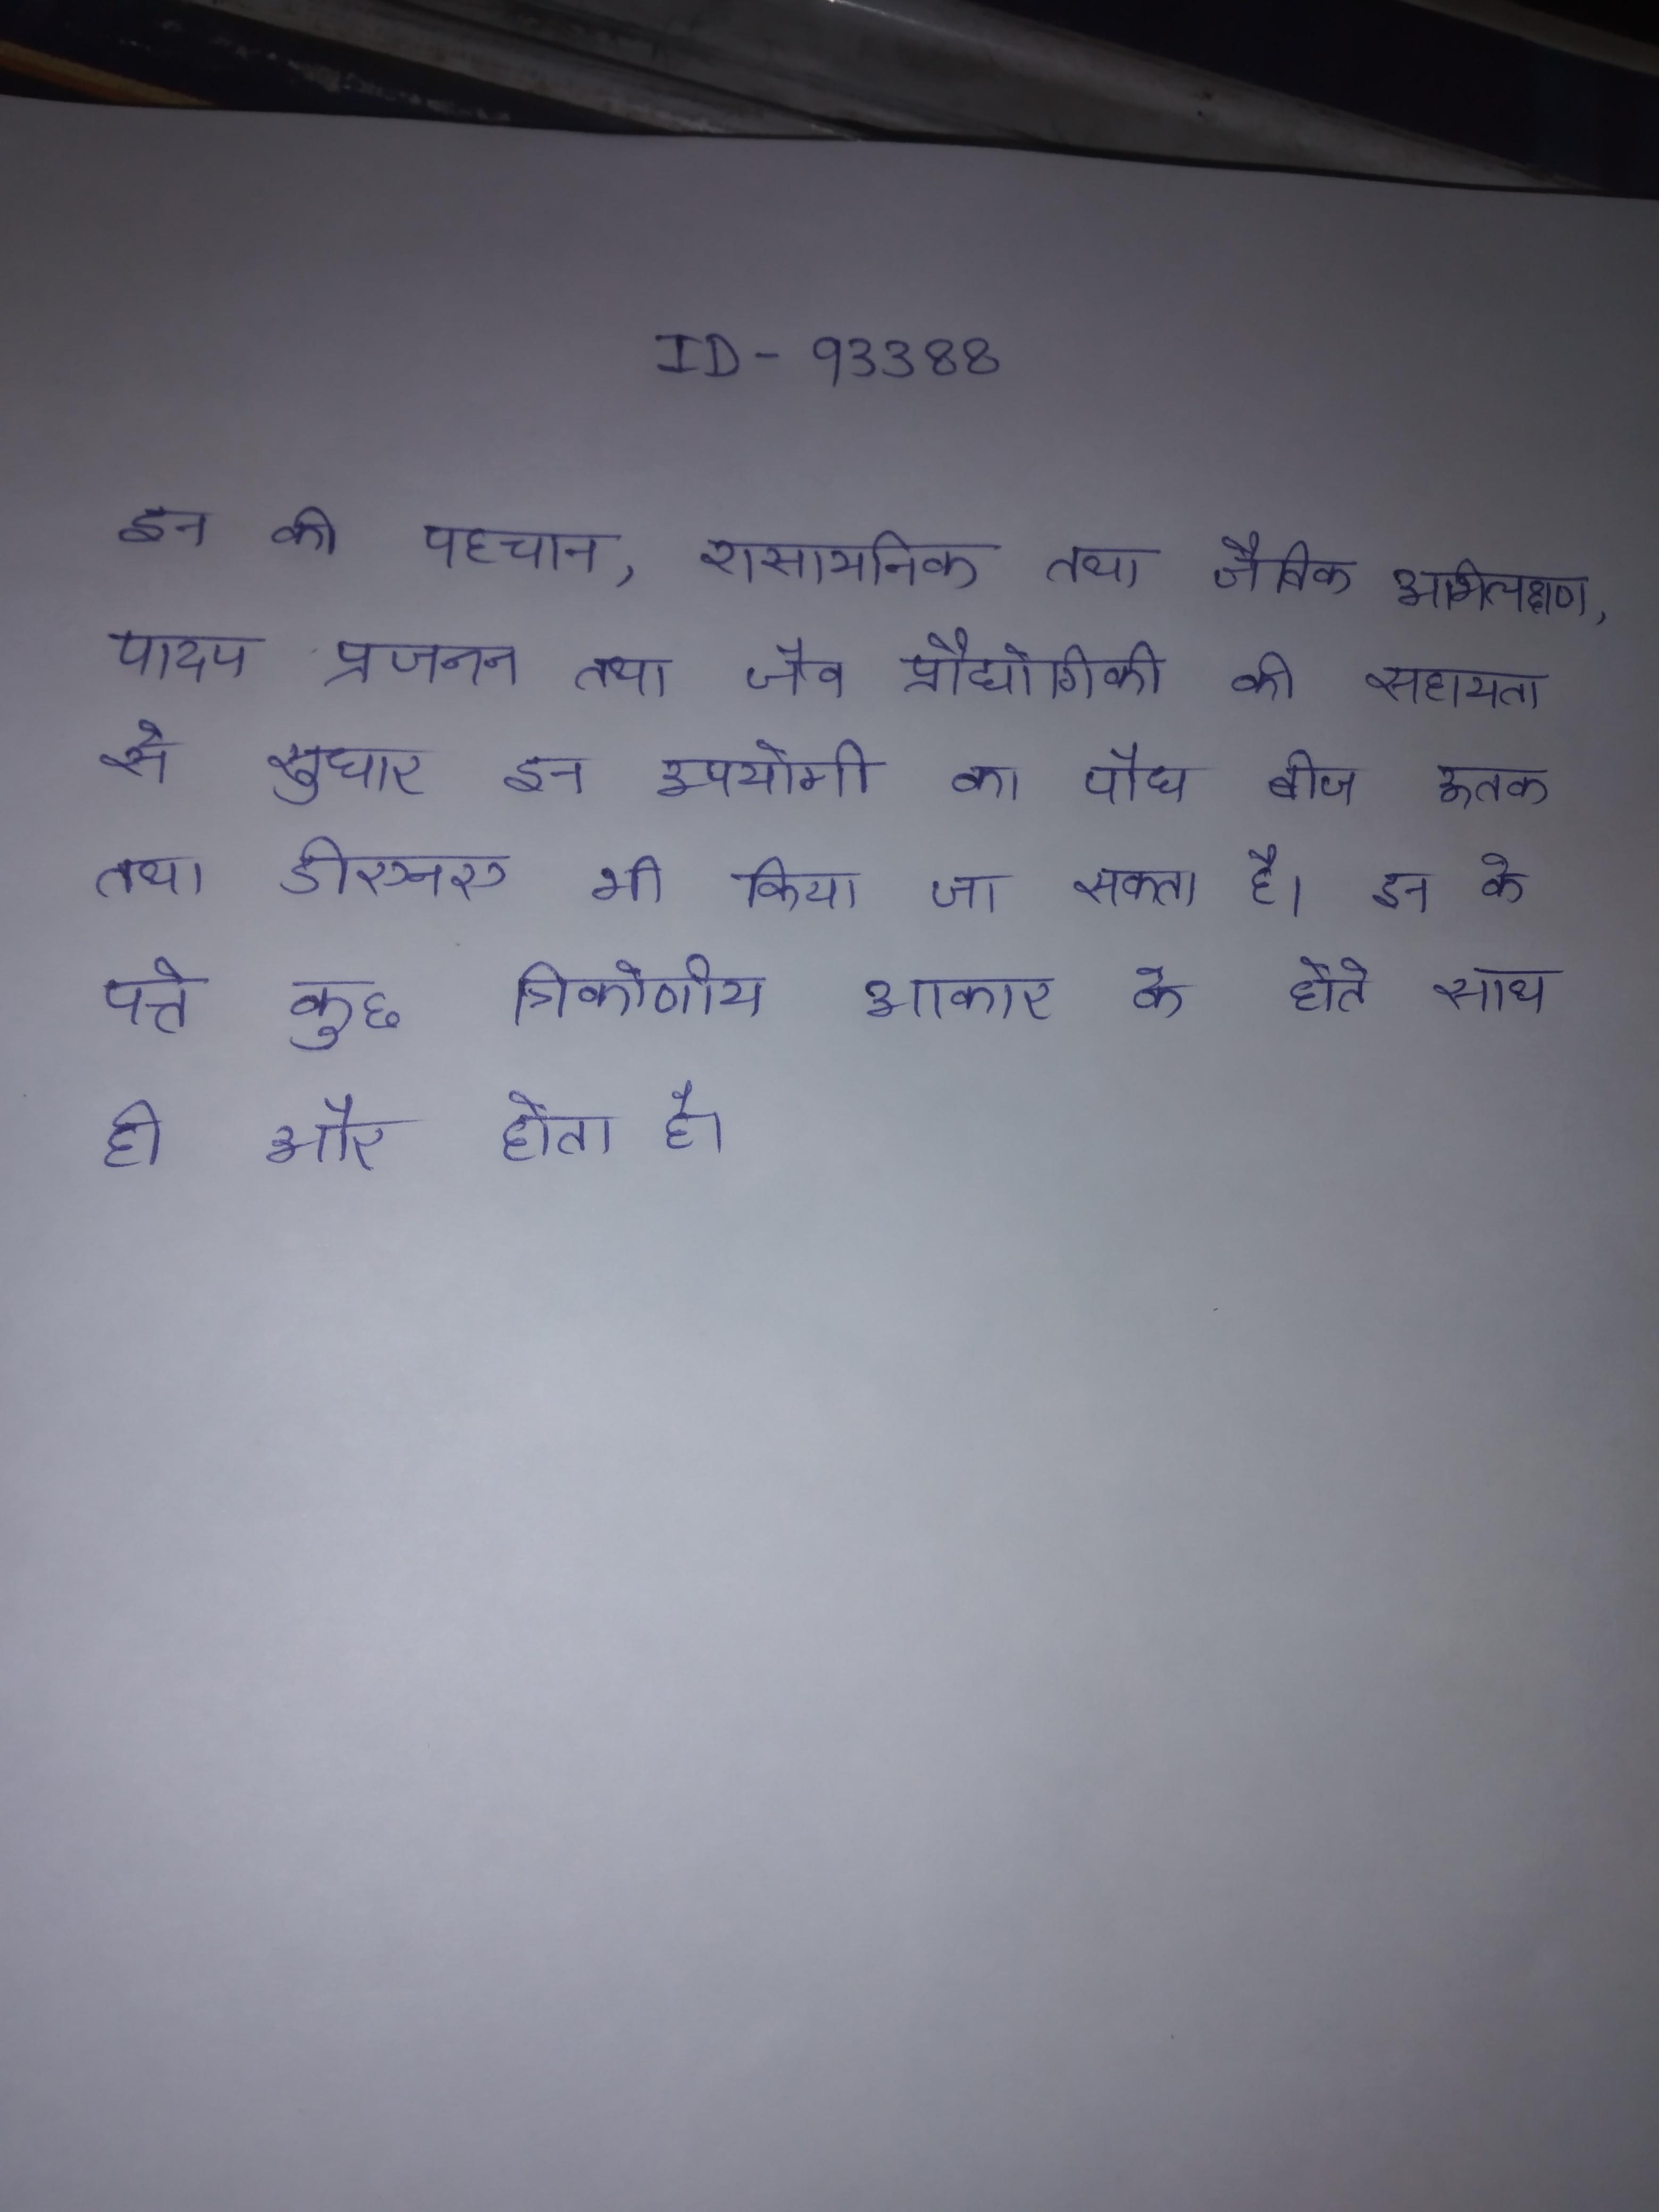
इन की पहचान, रासायनिक तथा जैविक अभिलक्षण, पादप प्रजनन तथा जैव प्रौद्योगिकी की सहायता से सुधार इन उपयोगी का पौध बीज ऊतक तथा डीएनए भी किया जा सकता है । इन के पत्ते कुछ त्रिकोणीय आकार के होते साथ ही और होता है ।